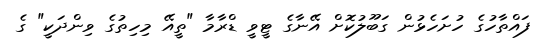
ފައްތާހުގެ ހުށަހެޅުން ގަބޫލުކޮށް އޭނާގެ ޓީވީ ޑްރާމާ "ތީއޭ މިހިތުގެ ވިންދަކީ" ގެ